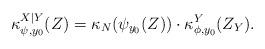
LaTeX: \begin{align*}\kappa_{\psi, y_0}^{X|Y}(Z)=\kappa_N(\psi_{y_0}(Z))\cdot\kappa_{\phi, y_0}^Y(Z_Y).\end{align*}